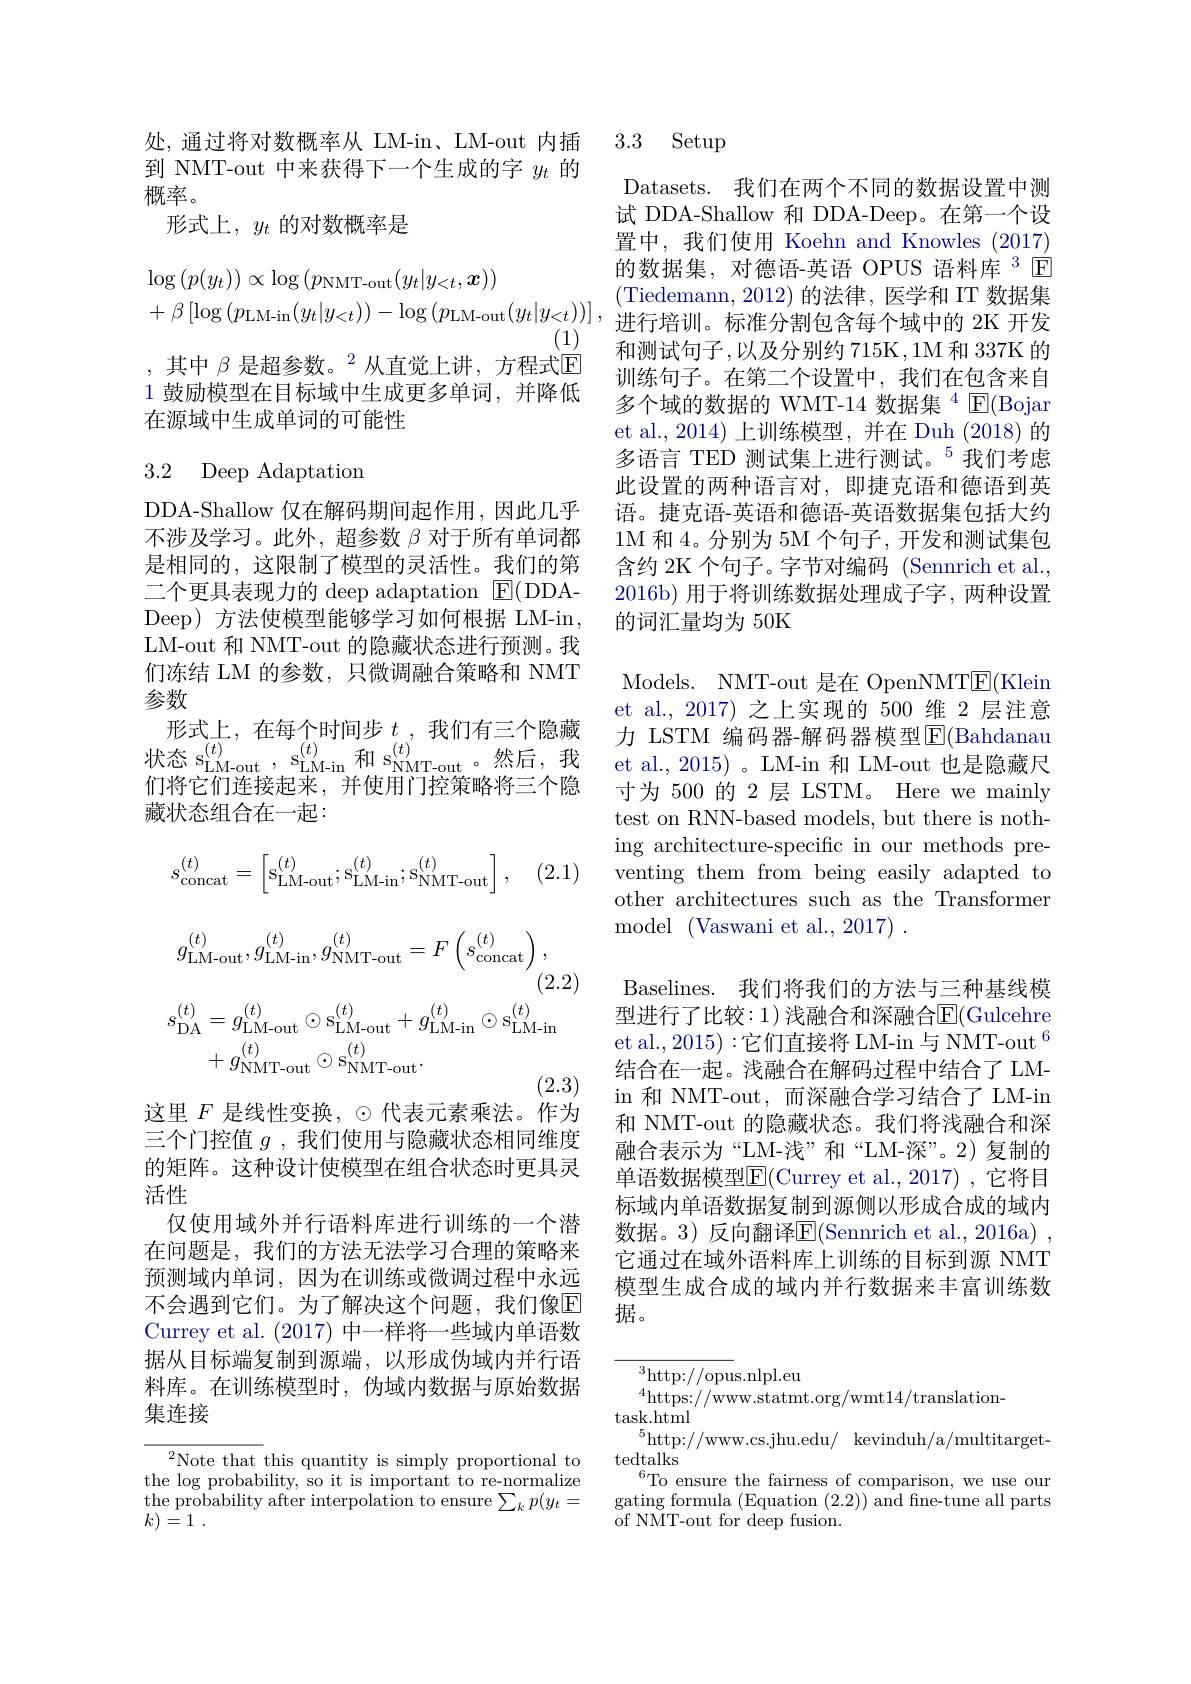
到 NMT-out 中来获得下一个生成的字$y_t$的
概率。
形式上$,y_{t}$ 的对数概率是
$$\begin{aligned}&\log\left(p(y_{t})\right)\propto\log\left(p_{\mathrm{NMT-out}}(y_{t}|y_{<t},\boldsymbol{x})\right)\\&+\beta\left[\log\left(p_{\mathrm{LM-in}}(y_{t}|y_{<t})\right)-\log\left(p_{\mathrm{LM-out}}(y_{t}|y_{<t})\right)\right],\end{aligned}$$
,其中$\beta\text{ 是超参数。}^2$从直觉上讲，方程式$\overline{\mathrm{E}}$ 1 鼓励模型在目标域中生成更多单词，并降低在源域中生成单词的可能性

## 3.2 Deep Adaptation

DDA-Shallow 仅在解码期间起作用，因此几乎不涉及学习。此外，超参数$\beta$对于所有单词都是相同的，这限制了模型的灵活性。我们的第二个更具表现力的 deep adaptation ${\mathrm{E}}($DDADeep) 方法使模型能够学习如何根据 LM-in , LM-out 和 NMT-out 的隐藏状态进行预测。我们冻结 LM 的参数，只微调融合策略和 NMT 参数
形式上，在每个时间步$t$ ,我们有三个隐藏状态 s$_\mathrm{LM-out}^{(t)}$, s$_\mathrm{LM-in}^{(t)}$和 s$_\mathrm{NMT-out}^{(t)}$。然后，我们将它们连接起来，并使用门控策略将三个隐藏状态组合在一起：
$$s_{\mathrm{concat}}^{(t)}=\begin{bmatrix}\mathrm{s}_{\mathrm{LM-out}}^{(t)};\mathrm{s}_{\mathrm{LM-in}}^{(t)};\mathrm{s}_{\mathrm{NMT-out}}^{(t)}\end{bmatrix},$$
(2.1)
$$g_{\mathrm{LM-out}}^{(t)},g_{\mathrm{LM-in}}^{(t)},g_{\mathrm{NMT-out}}^{(t)}=F\left(s_{\mathrm{concat}}^{(t)}\right),$$
(2.2)
$$\begin{aligned}s_{\mathrm{DA}}^{(t)}&=g_{\mathrm{LM-out}}^{(t)}\odot\mathrm{s_{LM-out}^{(t)}}+g_{\mathrm{LM-in}}^{(t)}\odot\mathrm{s_{LM-in}^{(t)}}\\&+g_{\mathrm{NMT-out}}^{(t)}\odot\mathrm{s_{NMT-out}^{(t)}}.\end{aligned}$$
(2.3)

这里$F$是线性变换，$\odot$代表元素乘法。作为

三个门控值$g$ , 我们使用与隐藏状态相同维度的矩阵。这种设计使模型在组合状态时更具灵活性
仅使用域外并行语料库进行训练的一个潜在问题是，我们的方法无法学习合理的策略来预测域内单词，因为在训练或微调过程中永远不会遇到它们。为了解决这个问题，我们像$\mathbb{E}$ Currey et al. (2017) 中一样将一些域内单语数据从目标端复制到源端，以形成伪域内并行语料库。在训练模型时，伪域内数据与原始数据集连接

$^{2}$Note that this quantity is simply proportional to the log probability, so it is important to re-normalize $\begin{array}{l}{\text{the probability after interpolation to ensure}\sum_{k}p(y_{t}=\\{\text{he probability after interpolation to ensure}\sum_{k}p(y_{t}=-1)}\end{array}}$ $k) = 1$ .

处，通过将对数概率从 LM-in、LM-out 内插 3.3 Setup

Datasets. 我们在两个不同的数据设置中测试 DDA-Shallow 和 DDA-Deep。在第一个设置中，我们使用 Koehn and Knowles (2017) 的数据集，对德语-英语 OPUS 语料库$^{3}$ E (Tiedemann,2012)的法律，医学和 IT 数据集进行培训。标准分割包含每个域中的 2K 开发和测试句子，以及分别约 715K,1M 和 337K 的训练句子。在第二个设置中，我们在包含来自多个域的数据的 WMT-14 数据集$^{4}$ E(Bojar et al., 2014) 上训练模型，并在 Duh (2018) 的多语言 TED 测试集上进行测试。$^{5}$我们考虑此设置的两种语言对，即捷克语和德语到英语。捷克语-英语和德语-英语数据集包括大约1M 和 4。分别为 5M 个句子，开发和测试集包含约 2K 个句子。字节对编码 (Sennrich et al., 2016b)用于将训练数据处理成子字，两种设置的词汇量均为 50K

Models. NMT-out 是在 OpenNMT$\underline{\mathrm{E}}($Klein et al.,2017)之上实现的 500 维 2 层注意力 LSTM 编码器-解码器模型$\operatorname{E}($Bahdanau et al., 2015)。LM-in 和 LM-out 也是隐藏尺寸为 500 的 2 层 LSTM。Here we mainly test on RNN-based models, but there is nothing architecture-specific in our methods preventing them from being easily adapted to other architectures such as the Transformer ${\mathrm{model}}\allowbreak ( {\mathrm{mod}} ($Vaswani et al. , 2017) ).

Baselines. 我们将我们的方法与三种基线模型进行了比较：1)浅融合和深融合E(Gulcehre et al., 2015) :它们直接将 LM-in 与 NMT-out $^{6}$ 结合在一起。浅融合在解码过程中结合了 LMin 和 NMT-out, 而深融合学习结合了 LM-in 和 NMT-out 的隐藏状态。我们将浅融合和深融合表示为“LM-浅”和“LM-深”。2)复制的单语数据模型$\overline{\mathrm{E}}($Currey et al.,2017) ,它将目标域内单语数据复制到源侧以形成合成的域内数据。3) 反向翻译E(Sennrich et al.,2016a)~, 它通过在域外语料库上训练的目标到源 NMT 模型生成合成的域内并行数据来丰富训练数据。

$^3$http://opus.nlpl.eu
$^{4}$https://www.statmt.org/wmt14/translation-
task. html
$^{5}$http://www.cs.jhu.edu/ kevinduh/a/multitarget-
tedtalks
$^{6}$To ensure the fairness of comparison, we use our gating formula (Equation (2.2)) and fine-tune all parts of NMT-out for deep fusion.